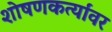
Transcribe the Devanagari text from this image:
शोषणकर्त्यांवर